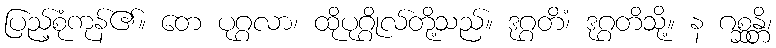
ပြည့်စုံကုန်၏။ တေ ပုဂ္ဂလာ၊ ထိုပုဂ္ဂိုလ်တို့သည်။ ဒုဂ္ဂတိံ၊ ဒုဂ္ဂတိသို့။ န ဂစ္ဆန္တိ၊